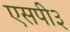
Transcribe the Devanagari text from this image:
एसपी३